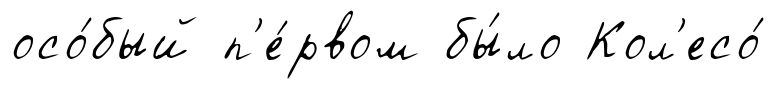
осо́бый п'е́рвом бы́ло Кол'есо́